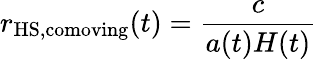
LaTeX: r_{{\mathrm{HS}},\mathrm{comoving}}(t)={\frac{c}{a(t)H(t)}}